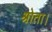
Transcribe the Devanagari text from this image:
श्रोता।